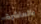
بالعاشرة